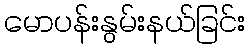
မောပန်းနွမ်းနယ်ခြင်း